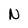
Character: N